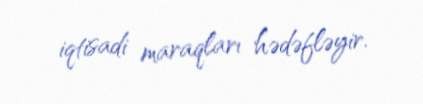
iqtisadi maraqları hədəfləyir.